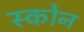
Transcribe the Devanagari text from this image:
स्कोन